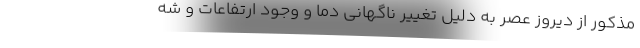
مذکور از دیروز عصر به دلیل تغییر ناگهانی دما و وجود ارتفاعات و شه